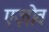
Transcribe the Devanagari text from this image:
एज़ोव